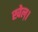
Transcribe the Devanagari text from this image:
खेल़।